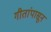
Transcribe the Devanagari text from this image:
गीतांपासून